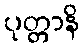
ပုတ္တာနိ